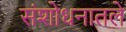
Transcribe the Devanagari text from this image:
संशोधनातले